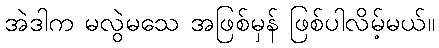
အဲဒါက မလွဲမသေ အဖြစ်မှန် ဖြစ်ပါလိမ့်မယ်။